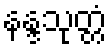
နန္ဒသုတ္တံ